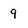
Character: 9